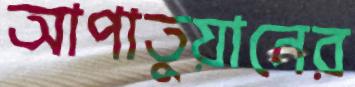
আপাতুয়ানের